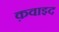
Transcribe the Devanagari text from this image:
क़वाइद